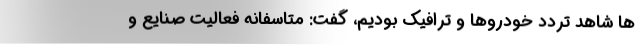
ها شاهد تردد خودروها و ترافیک بودیم، گفت: متاسفانه فعالیت صنایع و